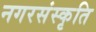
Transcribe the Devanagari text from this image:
नगरसंस्कृति